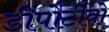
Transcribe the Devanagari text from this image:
डीपोर्टीवो